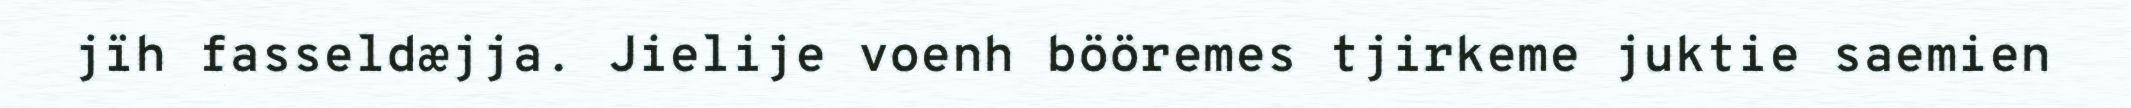
jïh fasseldæjja. Jielije voenh bööremes tjirkeme juktie saemien